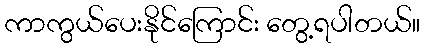
ကာကွယ်ပေးနိုင်ကြောင်း တွေ့ရပါတယ်။